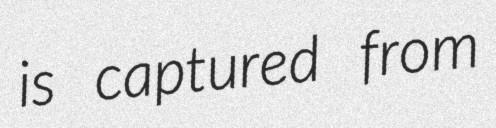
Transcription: is captured from